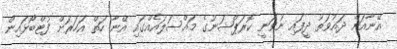
އޭނާއަށް ދައުވަތު ދީފައި ނުވަނީ ކޮރަޕްޝަނުގެ މައްސަލައެއްގައި އޭނާ ހަތް އަހަރަށް ފުޓްބޯޅައިން